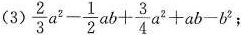
（3）$$\frac { 2 } { 3 } a ^ { 2 } - \frac { 1 } { 2 } a b + \frac { 3 } { 4 } a ^ { 2 } + a b - b ^ { 2 }$$；